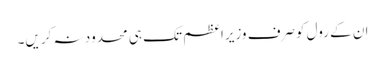
ان کے رول کوصرف وزیراعظم تک ہی محدود نہ کریں۔